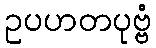
ဥပဟတပုဗ္ဗံ